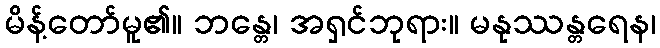
မိန့်တော်မူ၏။ ဘန္တေ၊ အရှင်ဘုရား။ မနုဿန္တရေန၊